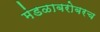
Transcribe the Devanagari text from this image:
मंडळाबरोबरच